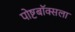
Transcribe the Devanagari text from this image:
पोष्टबॉक्सला